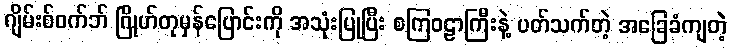
ဂျိမ်းစ်ဝက်ဘ် ဂြိုဟ်တုမှန်ပြောင်းကို အသုံးပြုပြီး စကြဝဠာကြီးနဲ့ ပတ်သက်တဲ့ အခြေခံကျတဲ့